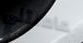
عاملتني